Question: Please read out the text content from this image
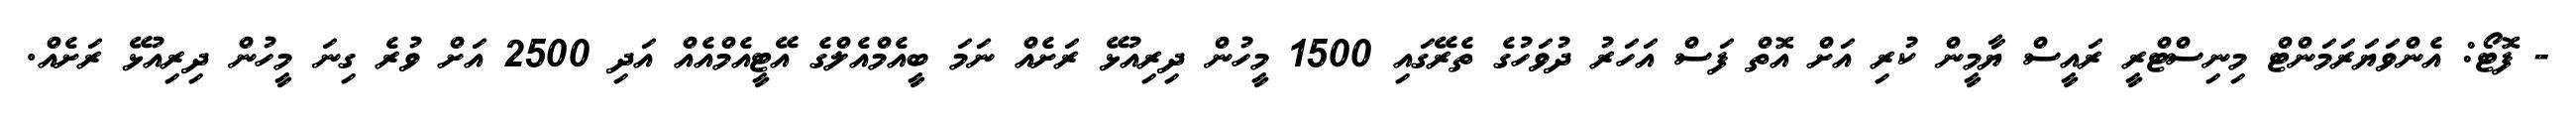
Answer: - ފޮޓޯ: އެންވަޔަރަމަންޓް މިނިސްޓްރީ ރައީސް ޔާމީން ކުރި އަށް އޮތް ފަސް އަހަރު ދުވަހުގެ ތެރޭގައި 1500 މީހުން ދިރިއުޅޭ ރަށެއް ނަމަ ބީއެމްއެލްގެ އޭޓީއެމްއެއް އަދި 2500 އަށް ވުރެ ގިނަ މީހުން ދިރިއުޅޭ ރަށެއް.